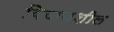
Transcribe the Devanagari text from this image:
विजयशील